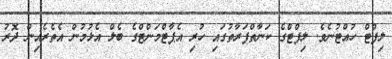
ލިފްޓް ހުއްޓުނެވެ. ލިފްޓްގެ ކަނާތްފަރާތުގައި ހުރި އެޕާޓްމަންޓްގެ ބެލް އެޅުމުން އެތެރެއިން ދޮރު